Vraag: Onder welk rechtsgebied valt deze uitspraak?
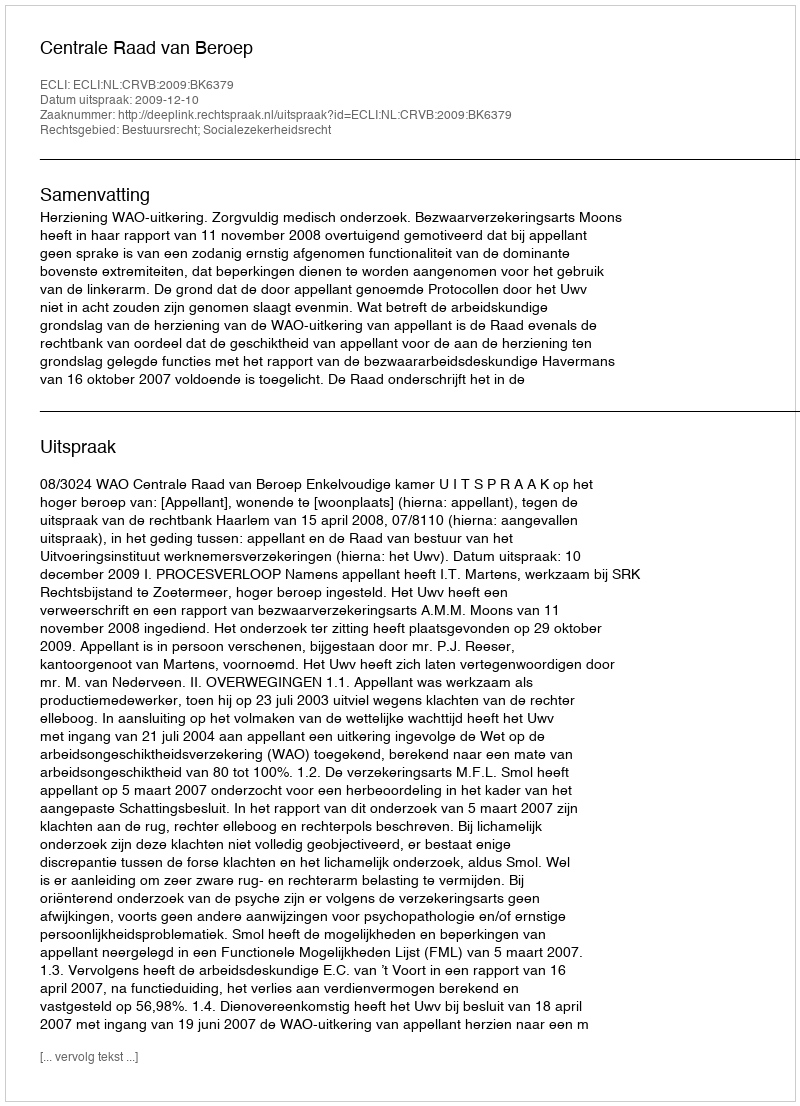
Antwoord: Bestuursrecht; Socialezekerheidsrecht